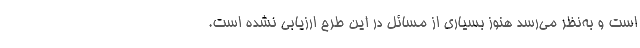
است و به‌نظر می‌رسد هنوز بسیاری از مسائل در این طرح ارزیابی نشده است.